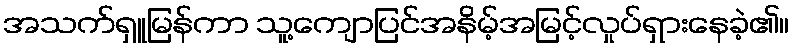
အသက်ရှူမြန်ကာ သူ့ကျောပြင်အနိမ့်အမြင့်လှုပ်ရှားနေခဲ့၏။